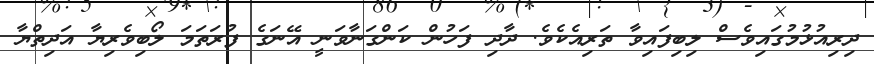
ދިރިއުޅުމުގައިވެސް ލިބިފައިވާ ތަރިއެކެވެ. ދާދި ފަހުން ކަންގަނާވަނީ އޭނަގެ ފުރަތަމަ ލޯބިވެރިޔާ އަދިތްޔާ